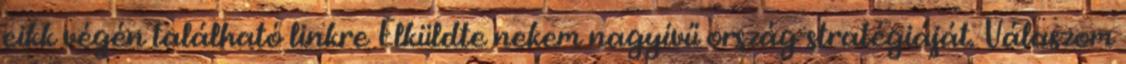
cikk végén található linkre Elküldte nekem nagyívű ország-stratégiáját. Válaszom